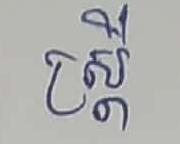
ស្ដ្រី